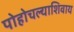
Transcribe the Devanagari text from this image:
पोहोचल्याशिवाय